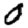
Digit: 0